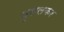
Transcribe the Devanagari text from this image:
पुसलकर